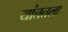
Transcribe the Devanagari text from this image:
यांततला